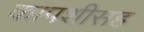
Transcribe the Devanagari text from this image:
कापशीसह